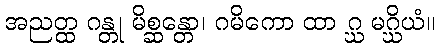
အညတ္ထ ဂန္တု မိစ္ဆန္တော၊ ဂမိကော ထာ ဂ္ဃ မဂ္ဃိယံ။